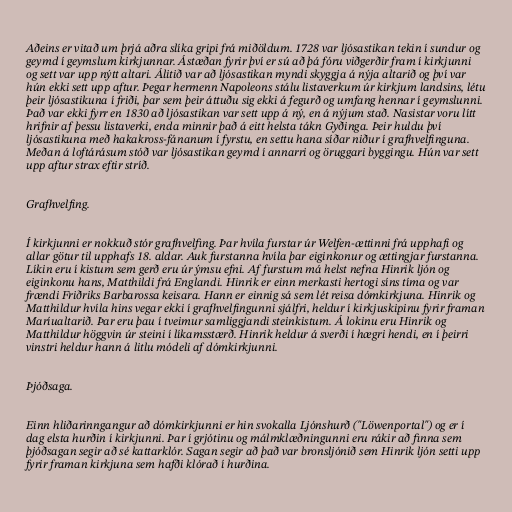
Aðeins er vitað um þrjá aðra slíka gripi frá miðöldum. 1728 var ljósastikan tekin í sundur og
geymd í geymslum kirkjunnar. Ástæðan fyrir því er sú að þá fóru viðgerðir fram í kirkjunni
og sett var upp nýtt altari. Álitið var að ljósastikan myndi skyggja á nýja altarið og því var
hún ekki sett upp aftur. Þegar hermenn Napoleons stálu listaverkum úr kirkjum landsins, létu
þeir ljósastikuna í friði, þar sem þeir áttuðu sig ekki á fegurð og umfang hennar í geymslunni.
Það var ekki fyrr en 1830 að ljósastikan var sett upp á ný, en á nýjum stað. Nasistar voru lítt
hrifnir af þessu listaverki, enda minnir það á eitt helsta tákn Gyðinga. Þeir huldu því
ljósastikuna með hakakross-fánanum í fyrstu, en settu hana síðar niður í grafhvelfinguna.
Meðan á loftárásum stóð var ljósastikan geymd í annarri og öruggari byggingu. Hún var sett
upp aftur strax eftir stríð.

Grafhvelfing.

Í kirkjunni er nokkuð stór grafhvelfing. Þar hvíla furstar úr Welfen-ættinni frá upphafi og
allar götur til upphafs 18. aldar. Auk furstanna hvíla þar eiginkonur og ættingjar furstanna.
Líkin eru í kistum sem gerð eru úr ýmsu efni. Af furstum má helst nefna Hinrik ljón og
eiginkonu hans, Matthildi frá Englandi. Hinrik er einn merkasti hertogi síns tíma og var
frændi Friðriks Barbarossa keisara. Hann er einnig sá sem lét reisa dómkirkjuna. Hinrik og
Matthildur hvíla hins vegar ekki í grafhvelfingunni sjálfri, heldur í kirkjuskipinu fyrir framan
Maríualtarið. Þar eru þau í tveimur samliggjandi steinkistum. Á lokinu eru Hinrik og
Matthildur höggvin úr steini í líkamsstærð. Hinrik heldur á sverði í hægri hendi, en í þeirri
vinstri heldur hann á litlu módeli af dómkirkjunni.

Þjóðsaga.

Einn hliðarinngangur að dómkirkjunni er hin svokalla Ljónshurð ("Löwenportal") og er í
dag elsta hurðin í kirkjunni. Þar í grjótinu og málmklæðningunni eru rákir að finna sem
þjóðsagan segir að sé kattarklór. Sagan segir að það var bronsljónið sem Hinrik ljón setti upp
fyrir framan kirkjuna sem hafði klórað í hurðina.